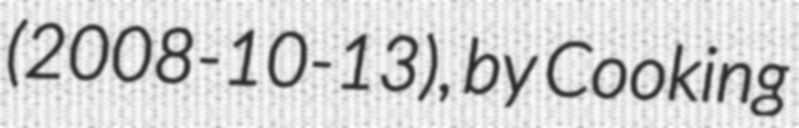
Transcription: (2008-10-13), by Cooking